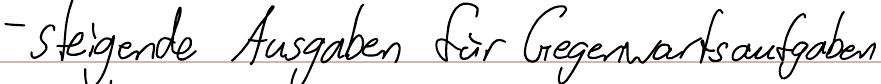
- steigende Ausgaben für Gegenwartsaufgaben